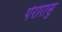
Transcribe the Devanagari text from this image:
पेरारासु